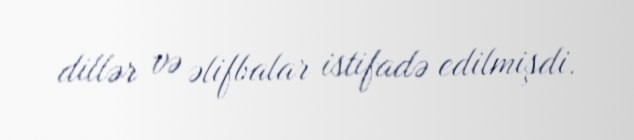
dillər və əlifbalar istifadə edilmişdi.